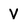
Character: V